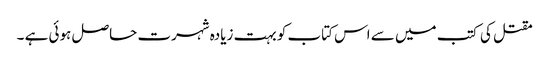
مقتل کی کتب میں سے اس کتاب کو بہت زیادہ شہرت حاصل ہوئی ہے ۔